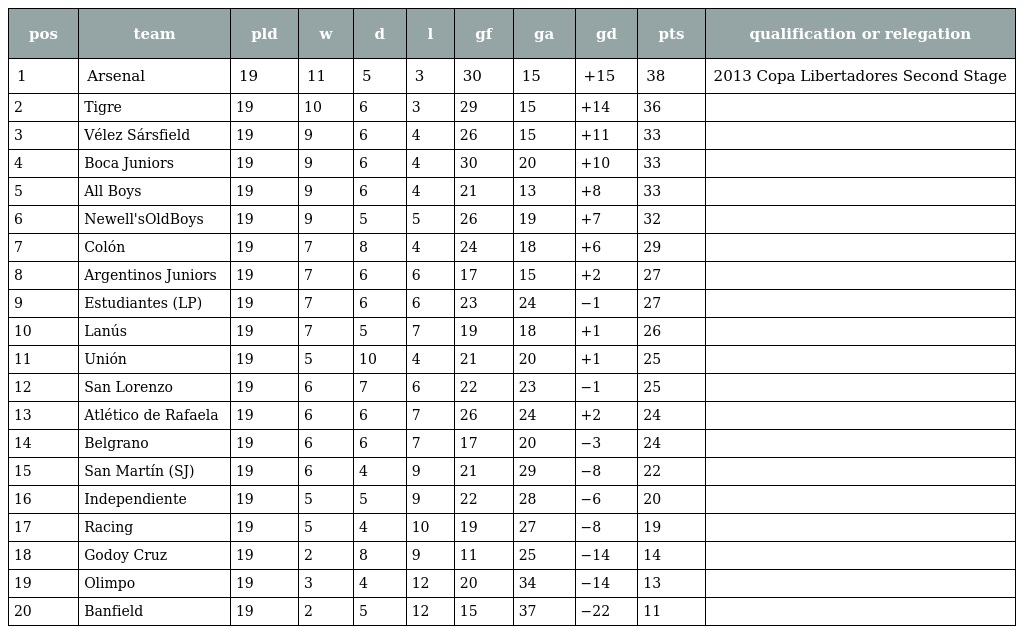
| pos | team | pld | w | d | l | gf | ga | gd | pts | qualification or relegation |
 | --- | --- | --- | --- | --- | --- | --- | --- | --- | --- | --- |
 | 1 | Arsenal | 19 | 11 | 5 | 3 | 30 | 15 | +15 | 38 | 2013 Copa Libertadores Second Stage |
 | 2 | Tigre | 19 | 10 | 6 | 3 | 29 | 15 | +14 | 36 |  |
 | 3 | Vélez Sársfield | 19 | 9 | 6 | 4 | 26 | 15 | +11 | 33 |  |
 | 4 | Boca Juniors | 19 | 9 | 6 | 4 | 30 | 20 | +10 | 33 |  |
 | 5 | All Boys | 19 | 9 | 6 | 4 | 21 | 13 | +8 | 33 |  |
 | 6 | Newell'sOldBoys | 19 | 9 | 5 | 5 | 26 | 19 | +7 | 32 |  |
 | 7 | Colón | 19 | 7 | 8 | 4 | 24 | 18 | +6 | 29 |  |
 | 8 | Argentinos Juniors | 19 | 7 | 6 | 6 | 17 | 15 | +2 | 27 |  |
 | 9 | Estudiantes (LP) | 19 | 7 | 6 | 6 | 23 | 24 | −1 | 27 |  |
 | 10 | Lanús | 19 | 7 | 5 | 7 | 19 | 18 | +1 | 26 |  |
 | 11 | Unión | 19 | 5 | 10 | 4 | 21 | 20 | +1 | 25 |  |
 | 12 | San Lorenzo | 19 | 6 | 7 | 6 | 22 | 23 | −1 | 25 |  |
 | 13 | Atlético de Rafaela | 19 | 6 | 6 | 7 | 26 | 24 | +2 | 24 |  |
 | 14 | Belgrano | 19 | 6 | 6 | 7 | 17 | 20 | −3 | 24 |  |
 | 15 | San Martín (SJ) | 19 | 6 | 4 | 9 | 21 | 29 | −8 | 22 |  |
 | 16 | Independiente | 19 | 5 | 5 | 9 | 22 | 28 | −6 | 20 |  |
 | 17 | Racing | 19 | 5 | 4 | 10 | 19 | 27 | −8 | 19 |  |
 | 18 | Godoy Cruz | 19 | 2 | 8 | 9 | 11 | 25 | −14 | 14 |  |
 | 19 | Olimpo | 19 | 3 | 4 | 12 | 20 | 34 | −14 | 13 |  |
 | 20 | Banfield | 19 | 2 | 5 | 12 | 15 | 37 | −22 | 11 |  |